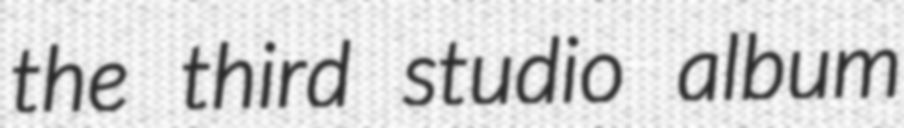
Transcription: the third studio album